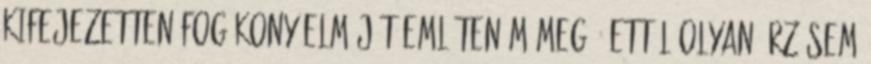
kifejezetten fogékony elméjét említeném meg - ettől olyan érzésem